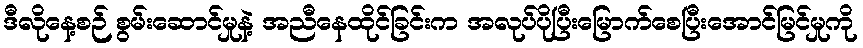
ဒီလိုနေ့စဉ် စွမ်းဆောင်မှုနဲ့ အညီနေထိုင်ခြင်းက အလုပ်ပိုပြီးမြောက်စေပြီးအောင်မြင်မှုကို